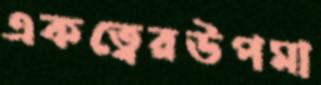
একত্বেরউপমা